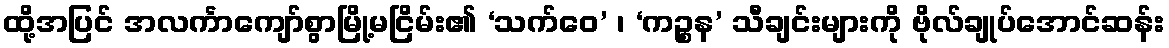
ထို့အပြင် အလင်္ကာကျော်စွာမြို့မငြိမ်း၏ ‘သက်ဝေ’ ၊ ‘ကဉ္စန’ သီချင်းများကို ဗိုလ်ချုပ်အောင်ဆန်း